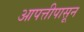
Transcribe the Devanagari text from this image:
आपत्तीपासून